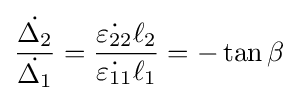
{\frac {\dot {\Delta _{2}}}{\dot {\Delta _{1}}}}={\frac {{\dot {\varepsilon _{22}}}\ell _{2}}{{\dot {\varepsilon _{11}}}\ell _{1}}}=-\tan \beta